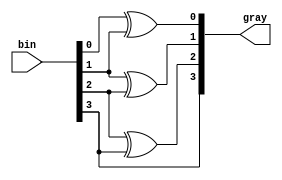
//bin-gray
module bin_gray(bin, gray);
    parameter WIDTH=4;
    input [WIDTH-1:0] bin;
    output [WIDTH-1:0] gray;
    
    reg [WIDTH-1:0] gray;
    integer i;
    
    always@(bin) begin
        for(i=0;i<WIDTH;i=i+1) begin
            gray[i]= bin[i] ^ bin[i+1];
        end
        gray[WIDTH-1]=bin[WIDTH-1];
    end
endmodule

module tb_bin_gray();
    parameter WIDTH=6;
    reg [WIDTH-1:0] bin;
    wire [WIDTH-1:0] gray;
    
    bin_gray #(WIDTH)BG(bin, gray);
    
    initial begin
        bin=0;
    end
    always #5 bin=bin+1;
endmodule